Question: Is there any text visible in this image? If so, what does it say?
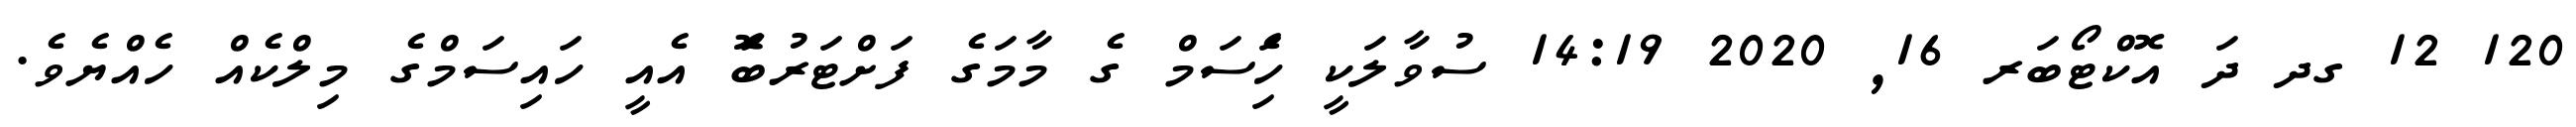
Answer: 120 12 ގދ ދަ އޮކްޓޯބަރ 16, 2020 14:19 ސުވާލަކީ ހަެިސަމް ގެ މާމަގެ ފަށްޓަރުބަެޮ އެއީ ހައިސަމްގެ މިލްކެއް ހެއްޔެވެ.